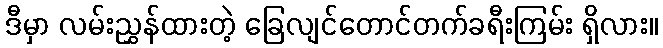
ဒီမှာ လမ်းညွှန်ထားတဲ့ ခြေလျင်တောင်တက်ခရီးကြမ်း ရှိလား။